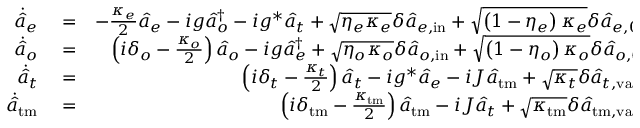
\begin{array} { r l r } { \dot { \hat { a } } _ { e } } & { { } = } & { - \frac { \kappa _ { e } } { 2 } \hat { a } _ { e } - i g \hat { a } _ { o } ^ { \dagger } - i g ^ { * } \hat { a } _ { t } + \sqrt { \eta _ { e } \kappa _ { e } } \delta \hat { a } _ { e , \mathrm { i n } } + \sqrt { \left( 1 - \eta _ { e } \right) \kappa _ { e } } \delta \hat { a } _ { e , 0 } , } \\ { \dot { \hat { a } } _ { o } } & { { } = } & { \left( i \delta _ { o } - \frac { \kappa _ { o } } { 2 } \right) \hat { a } _ { o } - i g \hat { a } _ { e } ^ { \dagger } + \sqrt { \eta _ { o } \kappa _ { o } } \delta \hat { a } _ { o , \mathrm { i n } } + \sqrt { \left( 1 - \eta _ { o } \right) \kappa _ { o } } \delta \hat { a } _ { o , \mathrm { 0 } } , } \\ { \dot { \hat { a } } _ { t } } & { { } = } & { \left( i \delta _ { t } - \frac { \kappa _ { t } } { 2 } \right) \hat { a } _ { t } - i g ^ { * } \hat { a } _ { e } - i J \hat { a } _ { \mathrm { t m } } + \sqrt { \kappa _ { t } } \delta \hat { a } _ { t , \mathrm { v a c } } , } \\ { \dot { \hat { a } } _ { \mathrm { t m } } } & { { } = } & { \left( i \delta _ { \mathrm { t m } } - \frac { \kappa _ { \mathrm { t m } } } { 2 } \right) \hat { a } _ { \mathrm { t m } } - i J \hat { a } _ { t } + \sqrt { \kappa _ { \mathrm { t m } } } \delta \hat { a } _ { { \mathrm { t m } } , \mathrm { v a c } } , } \end{array}